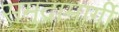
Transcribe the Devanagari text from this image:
समुद्रामार्गी